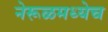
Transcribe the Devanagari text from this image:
नेरूळमध्येच